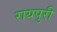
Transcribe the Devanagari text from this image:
रायपुरी